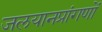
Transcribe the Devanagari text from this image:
जलयानप्रांगणों